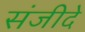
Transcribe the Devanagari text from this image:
संजीदे